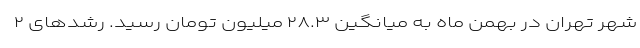
شهر تهران در بهمن ماه به میانگین ۲۸.۳ میلیون تومان رسید. رشدهای ۲